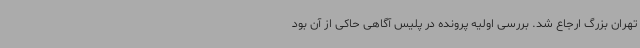
تهران بزرگ ارجاع شد. بررسی اولیه پرونده در پلیس آگاهی حاکی از آن بود